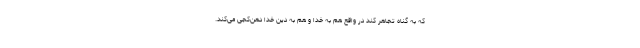
که به گناه تجاهر کند در واقع هم به خدا و هم به دین خدا دهن‌کجی می‌کند.